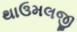
થાઉમલજી